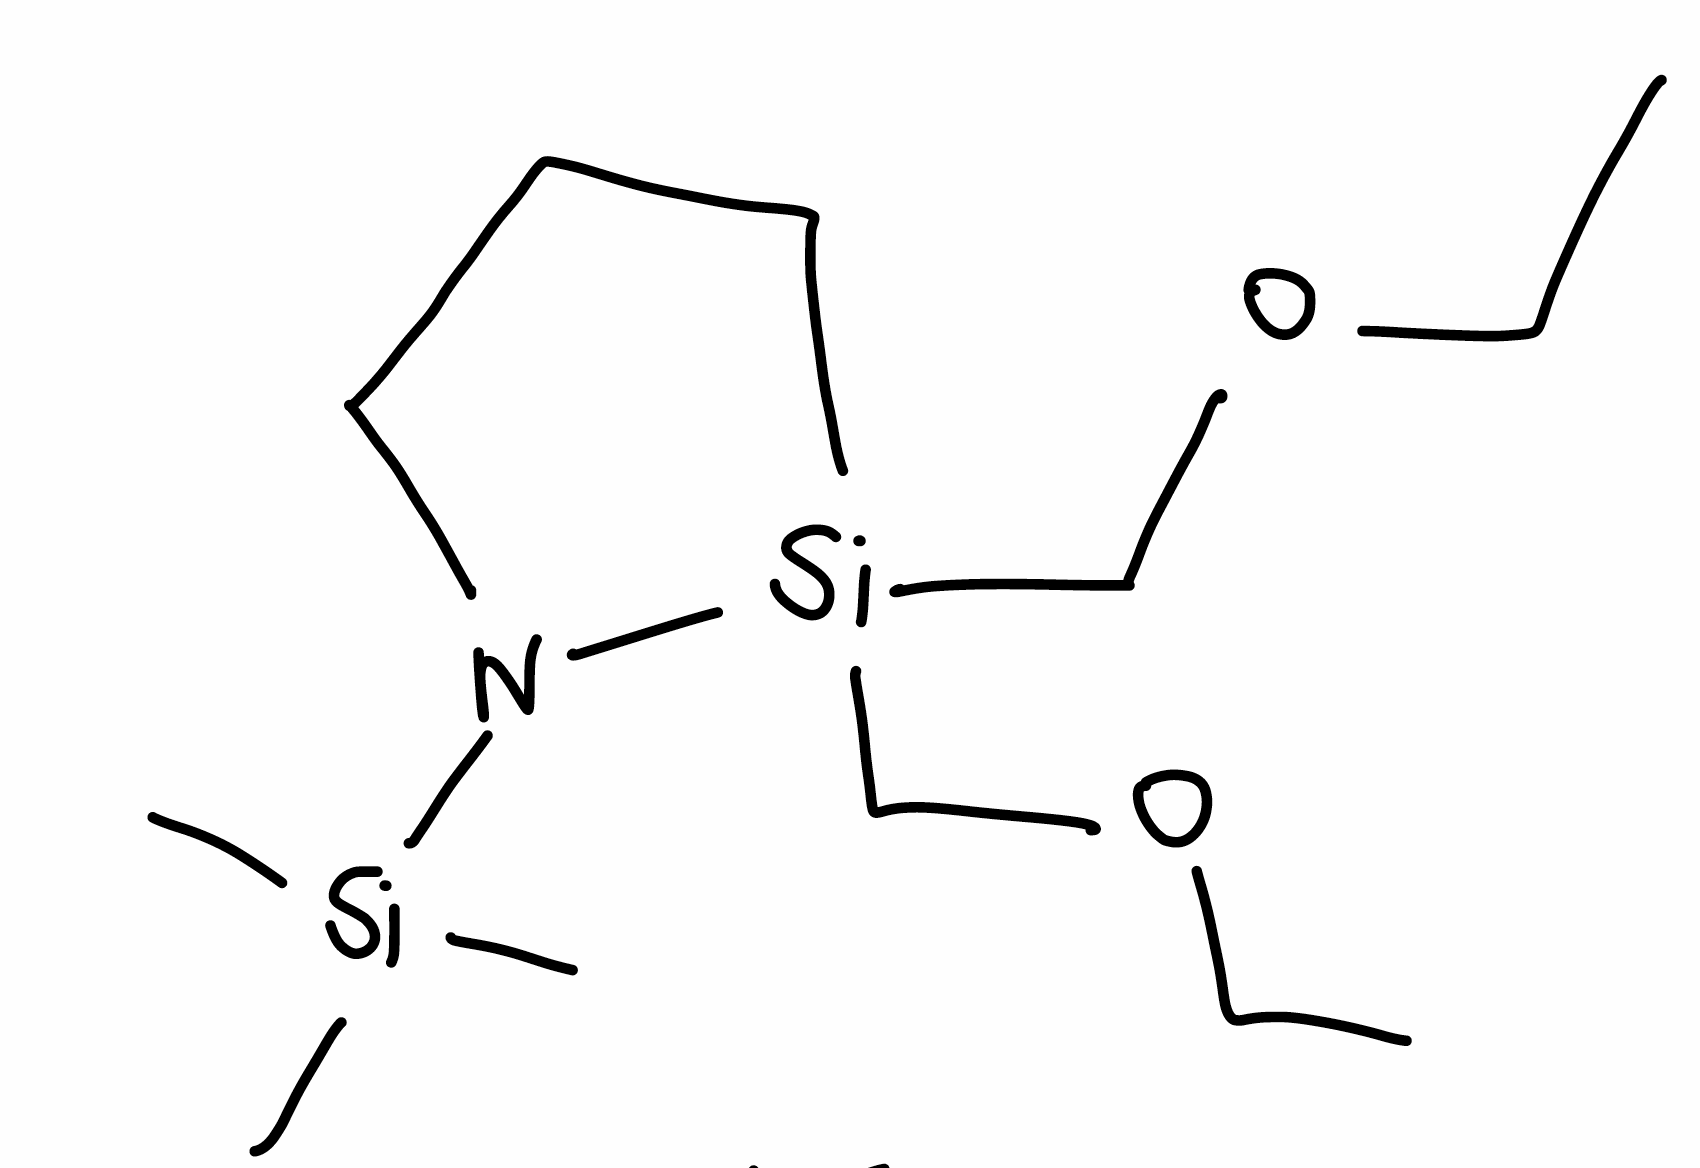
Simplified molecular-input line-entry system (SMILES) notation of the given molecule:
CCOC[Si]1(CCCN1[Si](C)(C)C)COCC